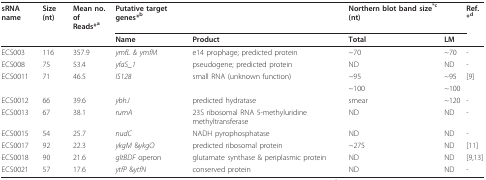
<table><thead><tr><td><b>sRNA name</b></td><td><b>Size (nt)</b></td><td><b>Mean no. ofReads*<sup>a</sup></b></td><td><b>Putative target genes*<sup>b</sup></b></td><td></td><td><b>Northern blot band size<sup>*c </sup>(nt)</b></td><td></td><td><b>Ref.*<sup>d</sup></b></td></tr><tr><td></td><td></td><td></td><td><b>Name</b></td><td><b>Product</b></td><td><b>Total</b></td><td><b>LM</b></td><td></td></tr></thead><tbody><tr><td>ECS003</td><td>116</td><td>357.9</td><td><i>ymfL &amp; ymfM</i></td><td>e14 prophage; predicted protein</td><td>~70</td><td>~70</td><td>-</td></tr><tr><td>ECS008</td><td>75</td><td>53.4</td><td><i>yfaS_1</i></td><td>pseudogene; predicted protein</td><td>ND</td><td>ND</td><td>-</td></tr><tr><td>ECS0011</td><td>71</td><td>46.5</td><td><i>IS128</i></td><td>small RNA (unknown function)</td><td>~95</td><td>~95</td><td>[9]</td></tr><tr><td></td><td></td><td></td><td></td><td></td><td>~100</td><td>~100</td><td></td></tr><tr><td>ECS0012</td><td>66</td><td>39.6</td><td><i>ybhJ</i></td><td>predicted hydratase</td><td>smear</td><td>~120</td><td>-</td></tr><tr><td>ECS0013</td><td>67</td><td>38.1</td><td><i>rumA</i></td><td>23S ribosomal RNA 5-methyluridine methyltransferase</td><td>ND</td><td>ND</td><td>-</td></tr><tr><td>ECS0015</td><td>54</td><td>25.7</td><td><i>nudC</i></td><td>NADH pyrophosphatase</td><td>ND</td><td>ND</td><td>-</td></tr><tr><td>ECS0017</td><td>92</td><td>22.3</td><td><i>ykgM </i>&amp;<i>ykgO</i></td><td>predicted ribosomal protein</td><td>~275</td><td>ND</td><td>[11]</td></tr><tr><td>ECS0018</td><td>90</td><td>21.6</td><td><i>gltBDF </i>operon</td><td>glutamate synthase &amp; periplasmic protein</td><td>ND</td><td>ND</td><td>[9,13]</td></tr><tr><td>ECS0021</td><td>57</td><td>17.6</td><td><i>ytfP </i>&amp;<i>ytfN</i></td><td>conserved protein</td><td>ND</td><td>ND</td><td>-</td></tr></tbody></table>